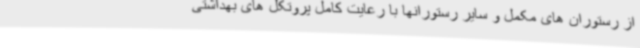
از رستوران های مکمل و سایر رستورانها با رعایت کامل پروتکل های بهداشتی